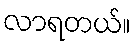
လာရတယ်။